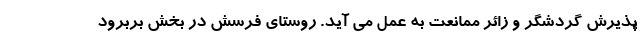
پذیرش گردشگر و زائر ممانعت به عمل می آید. روستای فرسش در بخش بربرود